Venemaal_asunud_Eesti_seltside_dokumendid, lk 27
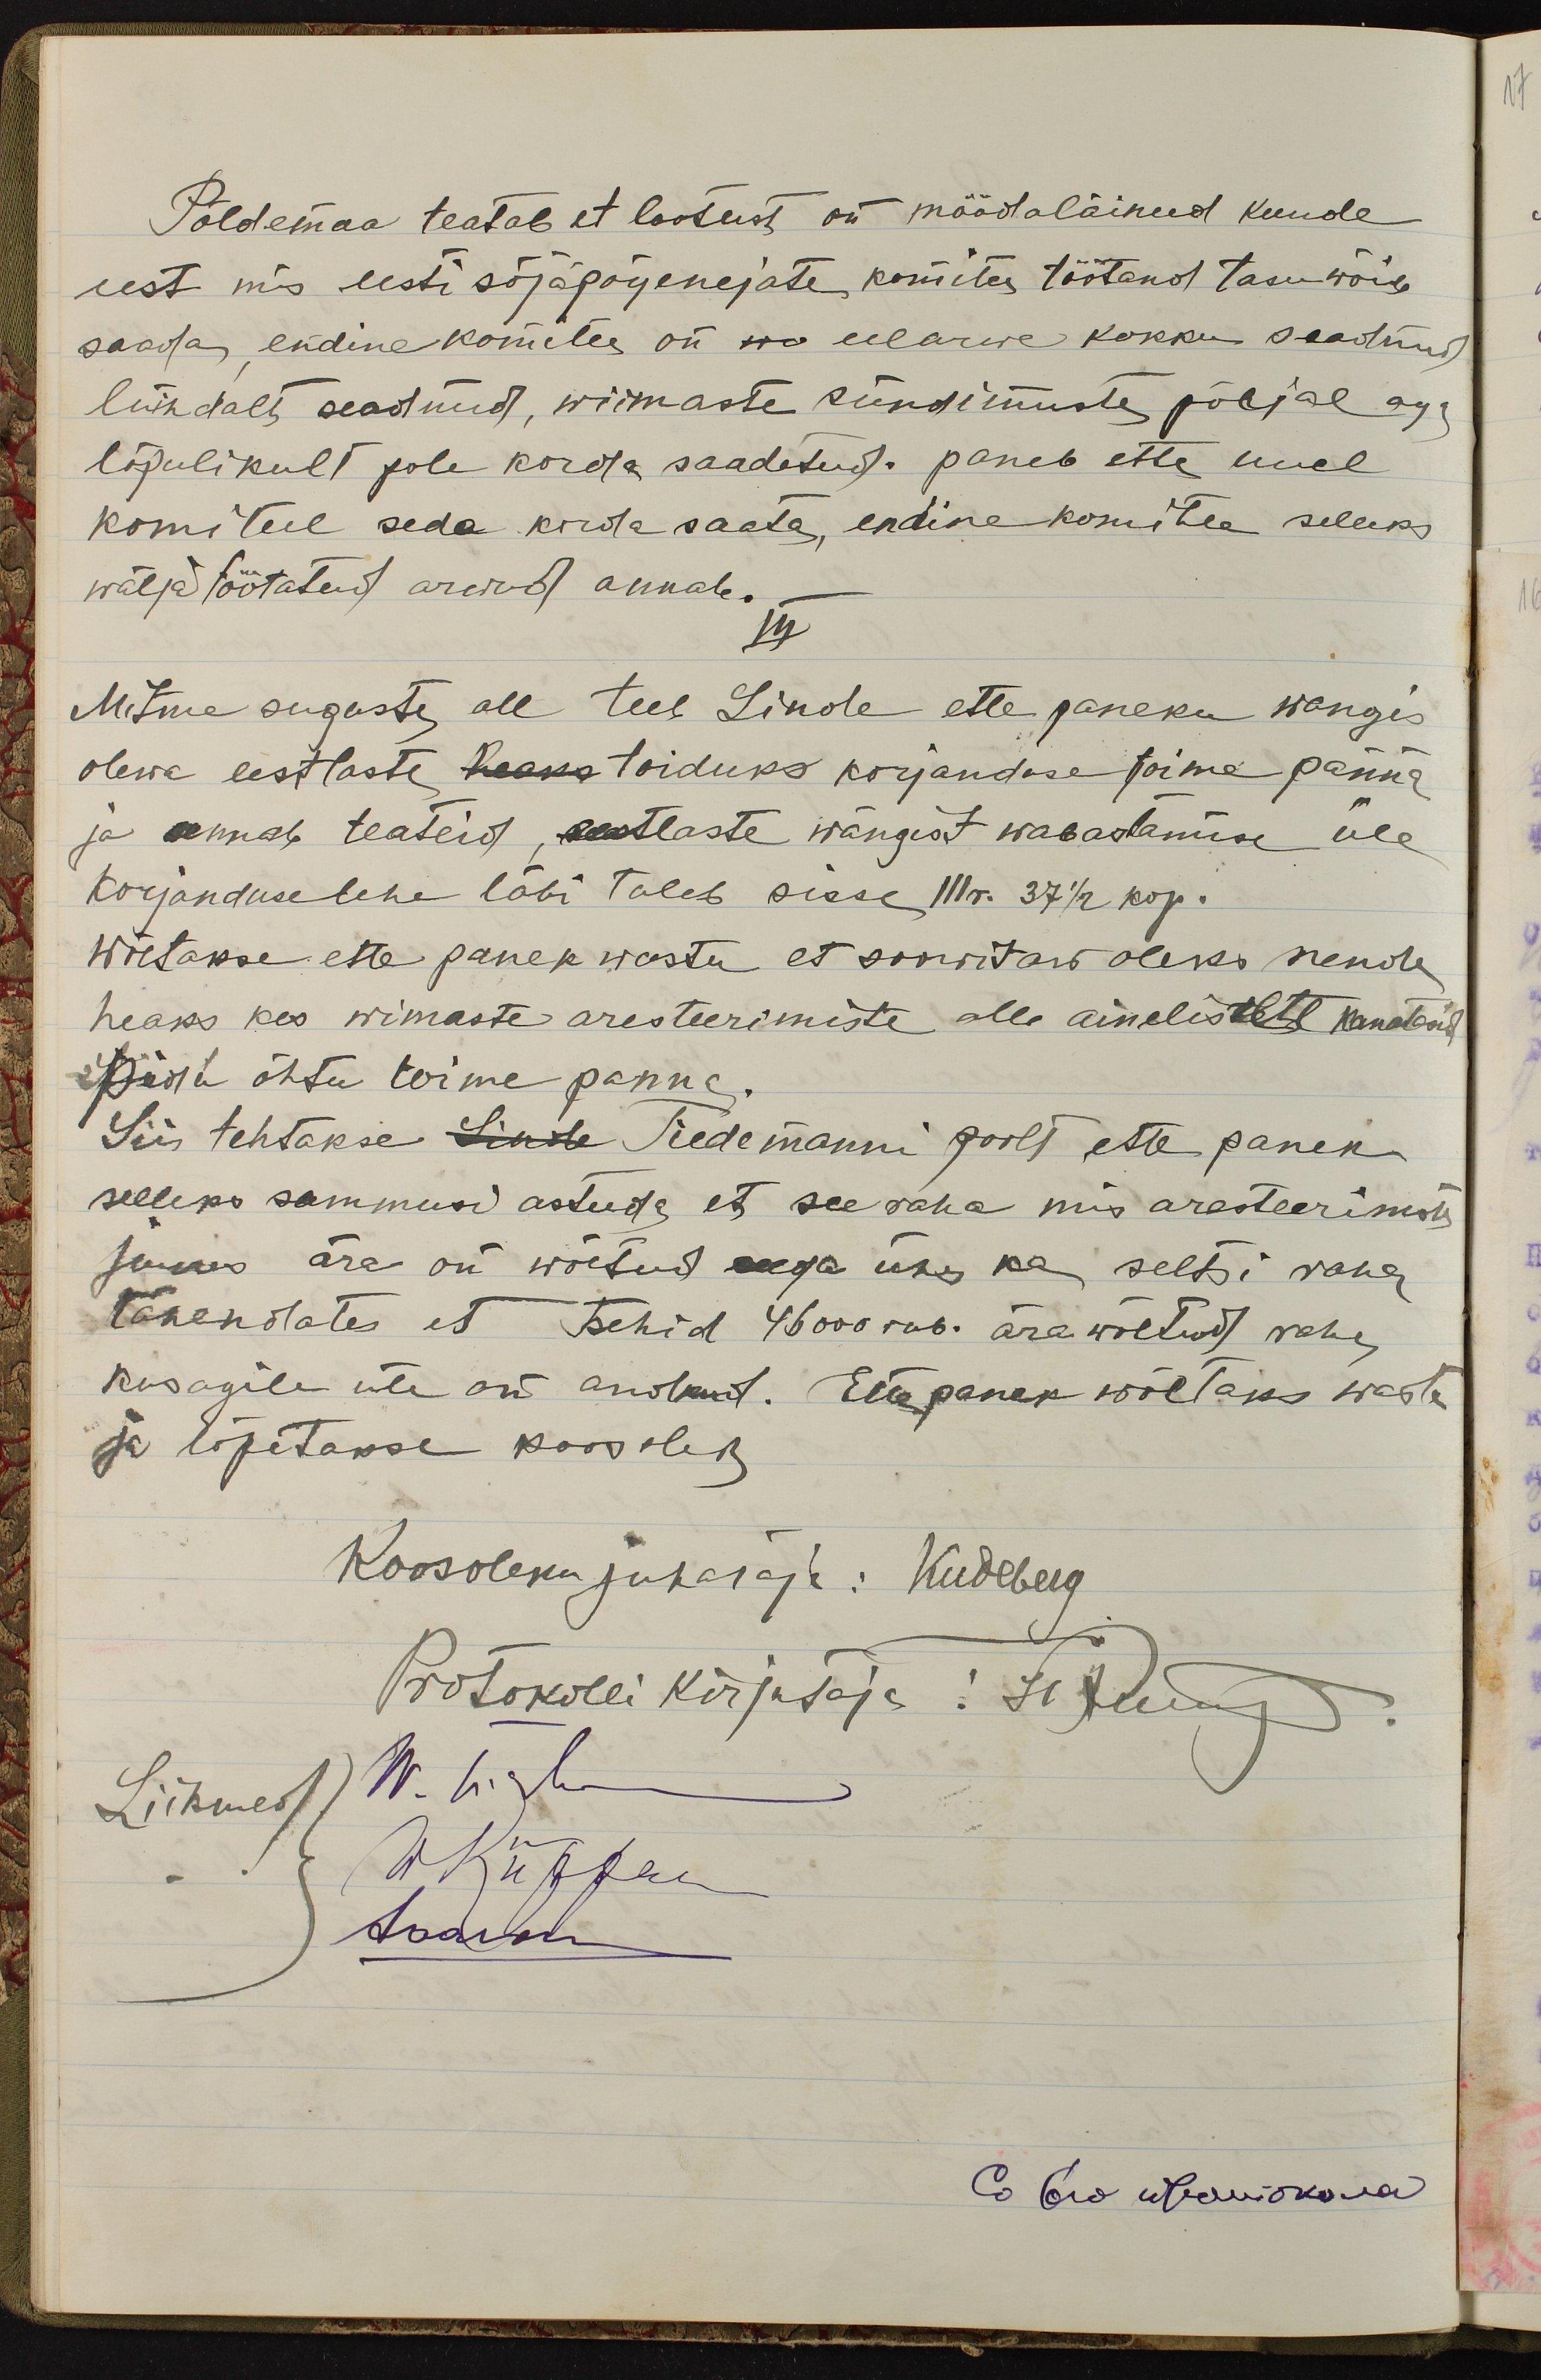
17

Põldemaa teatab et lootust on möödaläinud kuude
eest mis eesti sõjapõgenejate komitee töötand tasu wõib
saada, endine komitee on no eelarwe kokku seadnud,
lühidalt seadnud, wiimaste sündimuste põhjal aga
lõpulikult pole korda saadetud. paneb ette uuel
komiteel seda korda saata, endine komitee selleks
wälja töötatud arwud annab.
III
Mitme suguste all teeb Linde ettepaneku wangis
olewa eestlaste heaks toiduks korjanduse toime panna
ja annab teateid, eestlaste wangist wabastamise üle
Korjanduselehe läbi tuleb sisse III r. 37 1/2 kop.
Wõetakse ette panek wastu et soowitaw oleks nende
heaks kes wiimaste aresteerimiste olle ainelistele kandisid
Käsku õhtu toime panna.
Siis tehtakse Linda Tiedemanni poolt ette panek
selleks sammusi astuda, et see raha mis aresteerimise
juures ära on wõetud aega ühes ka seltsi raha
tähendates, et tsehid 46000 rub. ära wõetud raha
kusagile üle on andmist. Ettepanek wõetaks wasta
ja lõpetakse koosolek
Koosoleku juhataja: Kudeberg
Protokolli kirjutaja: Et Jum
Liikmed) N. h. l.
(WKüffri
haawan